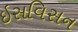
ઇસવિસન